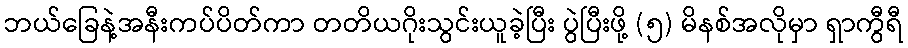
ဘယ်ခြေနဲ့အနီးကပ်ပိတ်ကာ တတိယဂိုးသွင်းယူခဲ့ပြီး ပွဲပြီးဖို့ (၅) မိနစ်အလိုမှာ ရှာကွီရီ